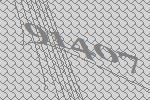
91407